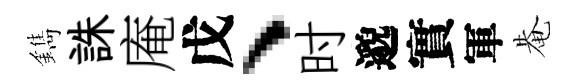
鐫誅庵戊、时邈實軍𤲅